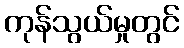
ကုန်သွယ်မှုတွင်